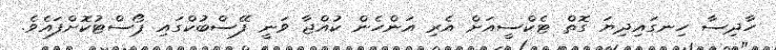
ހާދިސާ ހިނގައިދިޔަ ގޮތް ޓެކްސީއަށް އެރި އަންހެން ކުއްޖާ ވަނީ ފޭސްބުކްގައި ޕޯސްޓުކޮށްފައެވެ.